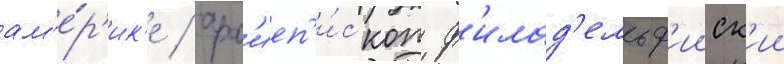
ам'е́р'ик'е / арх'иеп'и́скоп ф'илад'ельф'ииск'ии